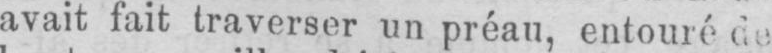
avait fait traverser un préau, entouré de